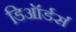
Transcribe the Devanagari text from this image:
डिऑर्डर्स